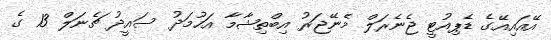
އޭއައިއޭގެ ޑެޕިއުޓީ ޖެނެރަލް މެނޭޖަރު އިބްތިޝާމާ އަހުމަދު ސައީދު ޗެނަލް 13 ގެ